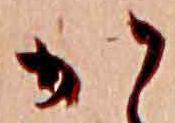
か